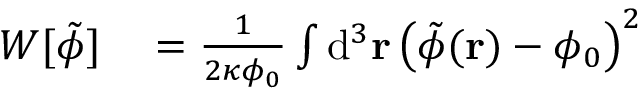
\begin{array} { r l } { W [ \tilde { \phi } ] } & { { } = \frac { 1 } { 2 \kappa \phi _ { 0 } } \int \mathrm { d } ^ { 3 } \mathbf { r } \, \big ( \tilde { \phi } ( \mathbf { r } ) - \phi _ { 0 } \big ) ^ { 2 } } \end{array}